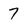
Character: 7